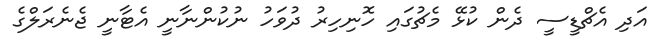
އަދި އެޗްޑީސީ ދެން ކުޅޭ މެޗުގައި ހޮނިހިރު ދުވަހު ނުކުންނާނީ އެޓާނީ ޖެނެރަލްގެ